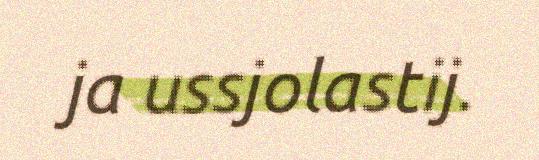
ja ussjolastij.